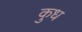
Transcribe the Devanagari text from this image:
कुध